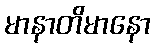
မာနာတိမာနော